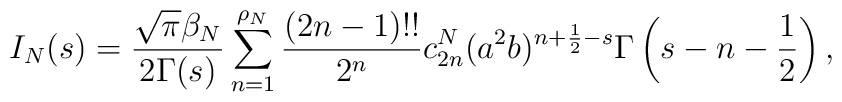
I_N(s)={\sqrt\pi\beta_N\over2\Gamma(s)}\sum_{n=1}^{\rho_N}{(2n-1)!!\over 2^n}c^N_{2n}(a^2b)^{n+\frac12-s}\Gamma\left( s-n-\frac12\right),